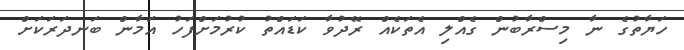
ހަޔާތުގެ ނާ މިސްރާބުން ގެއްލި އެތަކެއް ރޭދުވާ ކަޑައްތު ކުރުމަށްފަހު އަމާން ބަނދަރަކަށް